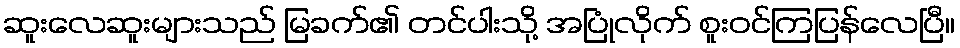
ဆူးလေဆူးများသည် မြခက်၏ တင်ပါးသို့ အပြုံလိုက် စူးဝင်ကြပြန်လေပြီ။